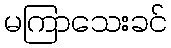
မကြာသေးခင်